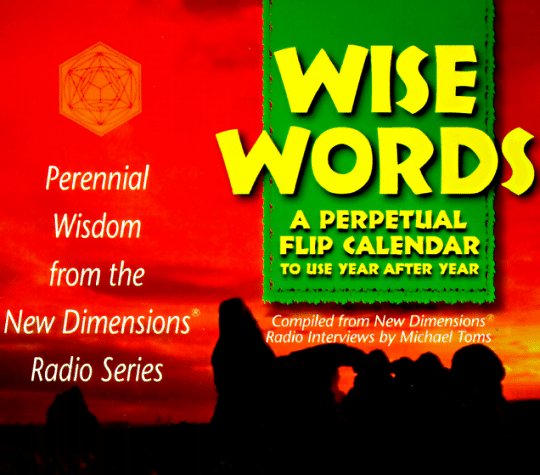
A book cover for Wise Words: Perennial Wisdom; Hay House; Calendars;